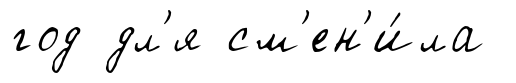
год дл'я см'ен'и́ла